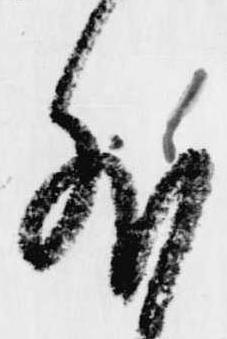
外